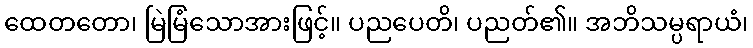
ထေတတော၊ မြဲမြံသောအားဖြင့်။ ပညပေတိ၊ ပညတ်၏။ အဘိသမ္ပရာယံ၊